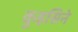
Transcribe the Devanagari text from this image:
कुइसिने